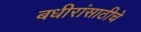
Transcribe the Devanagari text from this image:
बधीरांसाठीचे